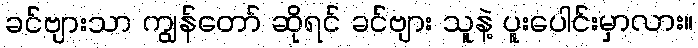
ခင်ဗျားသာ ကျွန်တော် ဆိုရင် ခင်ဗျား သူနဲ့ ပူးပေါင်းမှာလား။